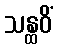
သန္ထဝိံ